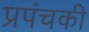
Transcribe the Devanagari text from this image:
प्रपंचकी